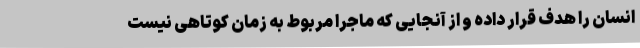
انسان را هدف قرار داده و از آنجایی که ماجرا مربوط به زمان کوتاهی نیست